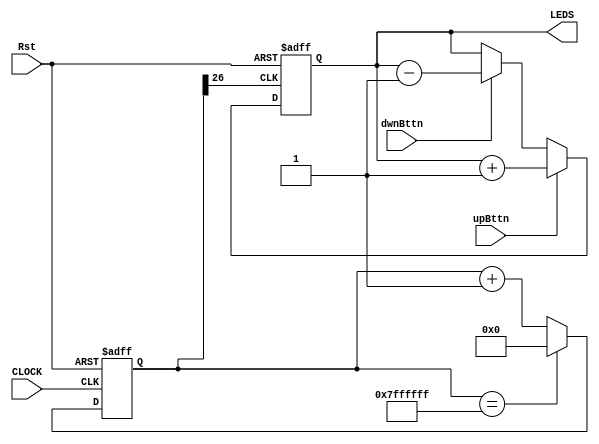
`timescale 1ns / 1ps

module counter(
    input upBttn,
    input dwnBttn,
    input CLOCK, 
    input Rst,
    output [3:0] LEDS
    );
    
    // divide 125 MHz clock so that changes to LEDS are visible to the human eye 
    // it would be better to define a seperate clock divider module and use that but this will work  
    reg [26:0] counterClk; // Fcount = F/2^n ~ 1 Hz  
    wire clkOut;
    always@(posedge CLOCK or posedge Rst) 
    begin 
      if(Rst) 
      begin
       counterClk <= 0;
      end
      else if(counterClk == 27'd134217727) 
      begin
       counterClk <= 0;
      end 
      else 
      begin
        counterClk <= counterClk + 1;
      end
    end
    
    assign clkOut = counterClk[26]; // assign with MSB of counter driven by fast clock 
    // clkOut is our divded clock based on bit toggling 
    
    // now drive 4 bit counter with clkOut 
    reg[3:0] counter; 
    always@(posedge clkOut or posedge Rst)
     begin
     if(Rst) // not really necessary 
      begin
      counter <= 0;
      end
     else if(upBttn) 
     begin
      counter <= counter + 1;
     end
     else if(dwnBttn) 
     begin
      counter <= counter - 1; 
     end 
     else 
     begin
       counter <= counter; ;
     end
     end // end always block 
     
     assign LEDS[3:0] = counter[3:0];
endmodule